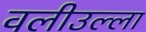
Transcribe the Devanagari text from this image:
वलीउल्ला